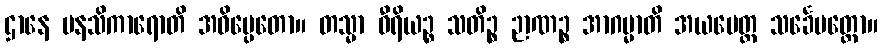
ဌာနေ မနသိကာရောတိ အဓိပ္ပေတော။ တသ္မာ ဝီရိယဉ္စ သတိဉ္စ ဉာဏဉ္စ အာဂမ္မာတိ အယမေတ္ထ သင်္ခေပတ္ထော။